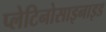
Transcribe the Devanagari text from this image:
प्लेटिनोसाइनाइड